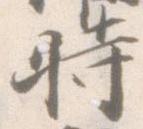
時